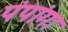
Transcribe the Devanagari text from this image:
पंपांगा